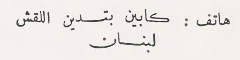
هاتف : كابين بتدين اللقش لبنان